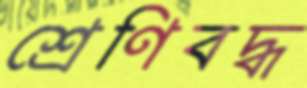
শ্রেণিবদ্ধ